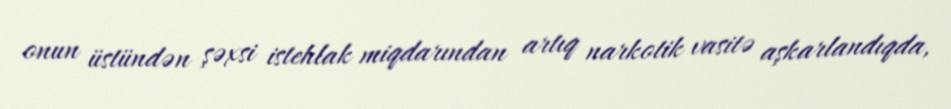
onun üstündən şəxsi istehlak miqdarından artıq narkotik vasitə aşkarlandıqda,